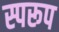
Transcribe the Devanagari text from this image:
स्परूप